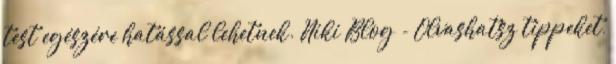
test egészére hatással lehetnek. Niki Blog - Olvashatsz tippeket,